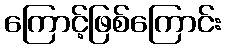
ကြောင့်ဖြစ်ကြောင်း